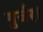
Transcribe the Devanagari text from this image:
गुर्जर।